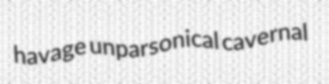
havage unparsonical cavernal